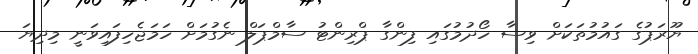
ޔޫރަޕުގެ ގައުމުތަކަށް ވިސާ ހޯދުމުގައި ފިންގާ ޕްރިންޓު ސާމްޕަލް ނެގުމަށް ހަމަޖެހިފައިވަނީ މިދިޔަ